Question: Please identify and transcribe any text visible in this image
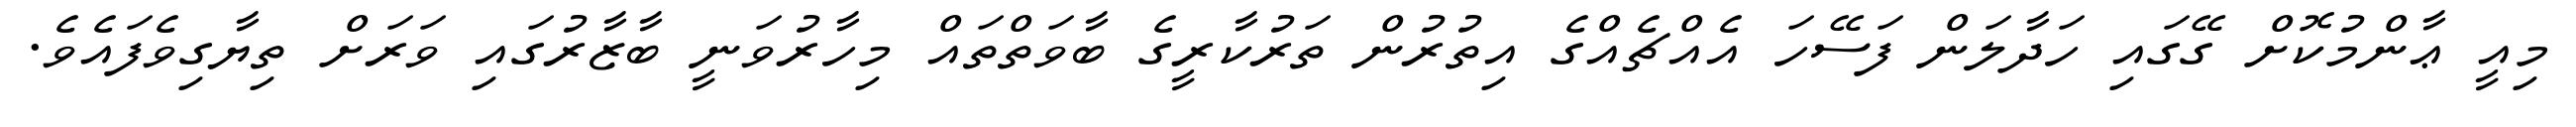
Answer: މިއީ ޢާންމުކޮށް ގޭގައި ހަދާލަން ފަސޭހަ އެއްޗެއްގެ އިތުރުން ތަރުކާރީގެ ބާވަތްތައް މިހާރުވަނީ ބާޒާރުގައި ވަރަށް ތިޔާގިވެފައެވެ.